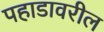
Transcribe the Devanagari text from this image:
पहाडावरील